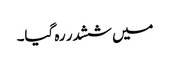
میں ششدر رہ گیا۔